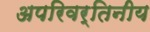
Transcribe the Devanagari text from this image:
अपरिवर्तिनीय